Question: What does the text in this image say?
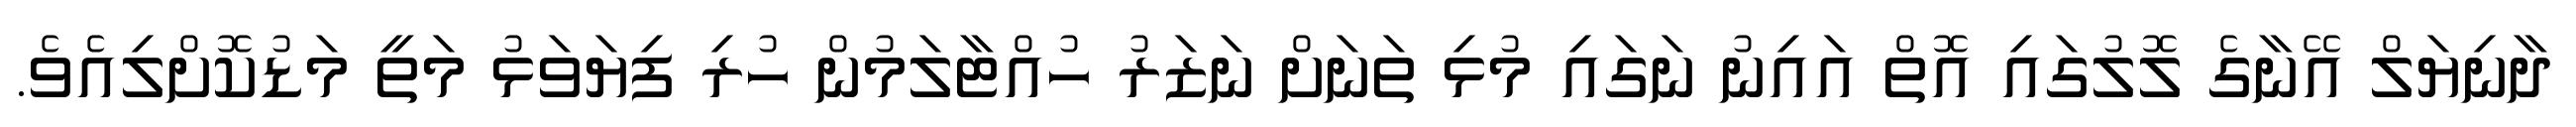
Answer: ދާނިޔަލް އޭނާގެ ލޮލުގައި އޮތް އައިނު ނަގައި މުޅި ތަނަށް ނަޒަރު ހުއްޓާލަމުން ހުރި ފިޔަވަޅު މަތީ މަޑުކޮށްލިއެވެ.